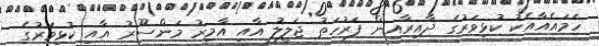
ހަމައެއާއެކު ކުޅިވަރުގެ ދާއިރާއިން ފަރުހަތު ޖަލީލު އާއި އާމިރު މަންސޫރު އާއި ކުޅިވަރުގެ